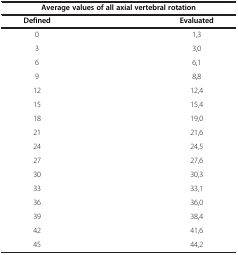
<table><thead><tr><td colspan="2"><b>Average values of all axial vertebral rotation</b></td></tr><tr><td><b>Defined</b></td><td><b>Evaluated</b></td></tr></thead><tbody><tr><td>0</td><td>1,3</td></tr><tr><td>3</td><td>3,0</td></tr><tr><td>6</td><td>6,1</td></tr><tr><td>9</td><td>8,8</td></tr><tr><td>12</td><td>12,4</td></tr><tr><td>15</td><td>15,4</td></tr><tr><td>18</td><td>19,0</td></tr><tr><td>21</td><td>21,6</td></tr><tr><td>24</td><td>24,5</td></tr><tr><td>27</td><td>27,6</td></tr><tr><td>30</td><td>30,3</td></tr><tr><td>33</td><td>33,1</td></tr><tr><td>36</td><td>36,0</td></tr><tr><td>39</td><td>38,4</td></tr><tr><td>42</td><td>41,6</td></tr><tr><td>45</td><td>44,2</td></tr></tbody></table>